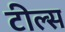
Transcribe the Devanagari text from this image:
टील्स